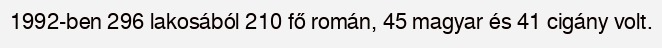
1992-ben 296 lakosából 210 fő román, 45 magyar és 41 cigány volt.